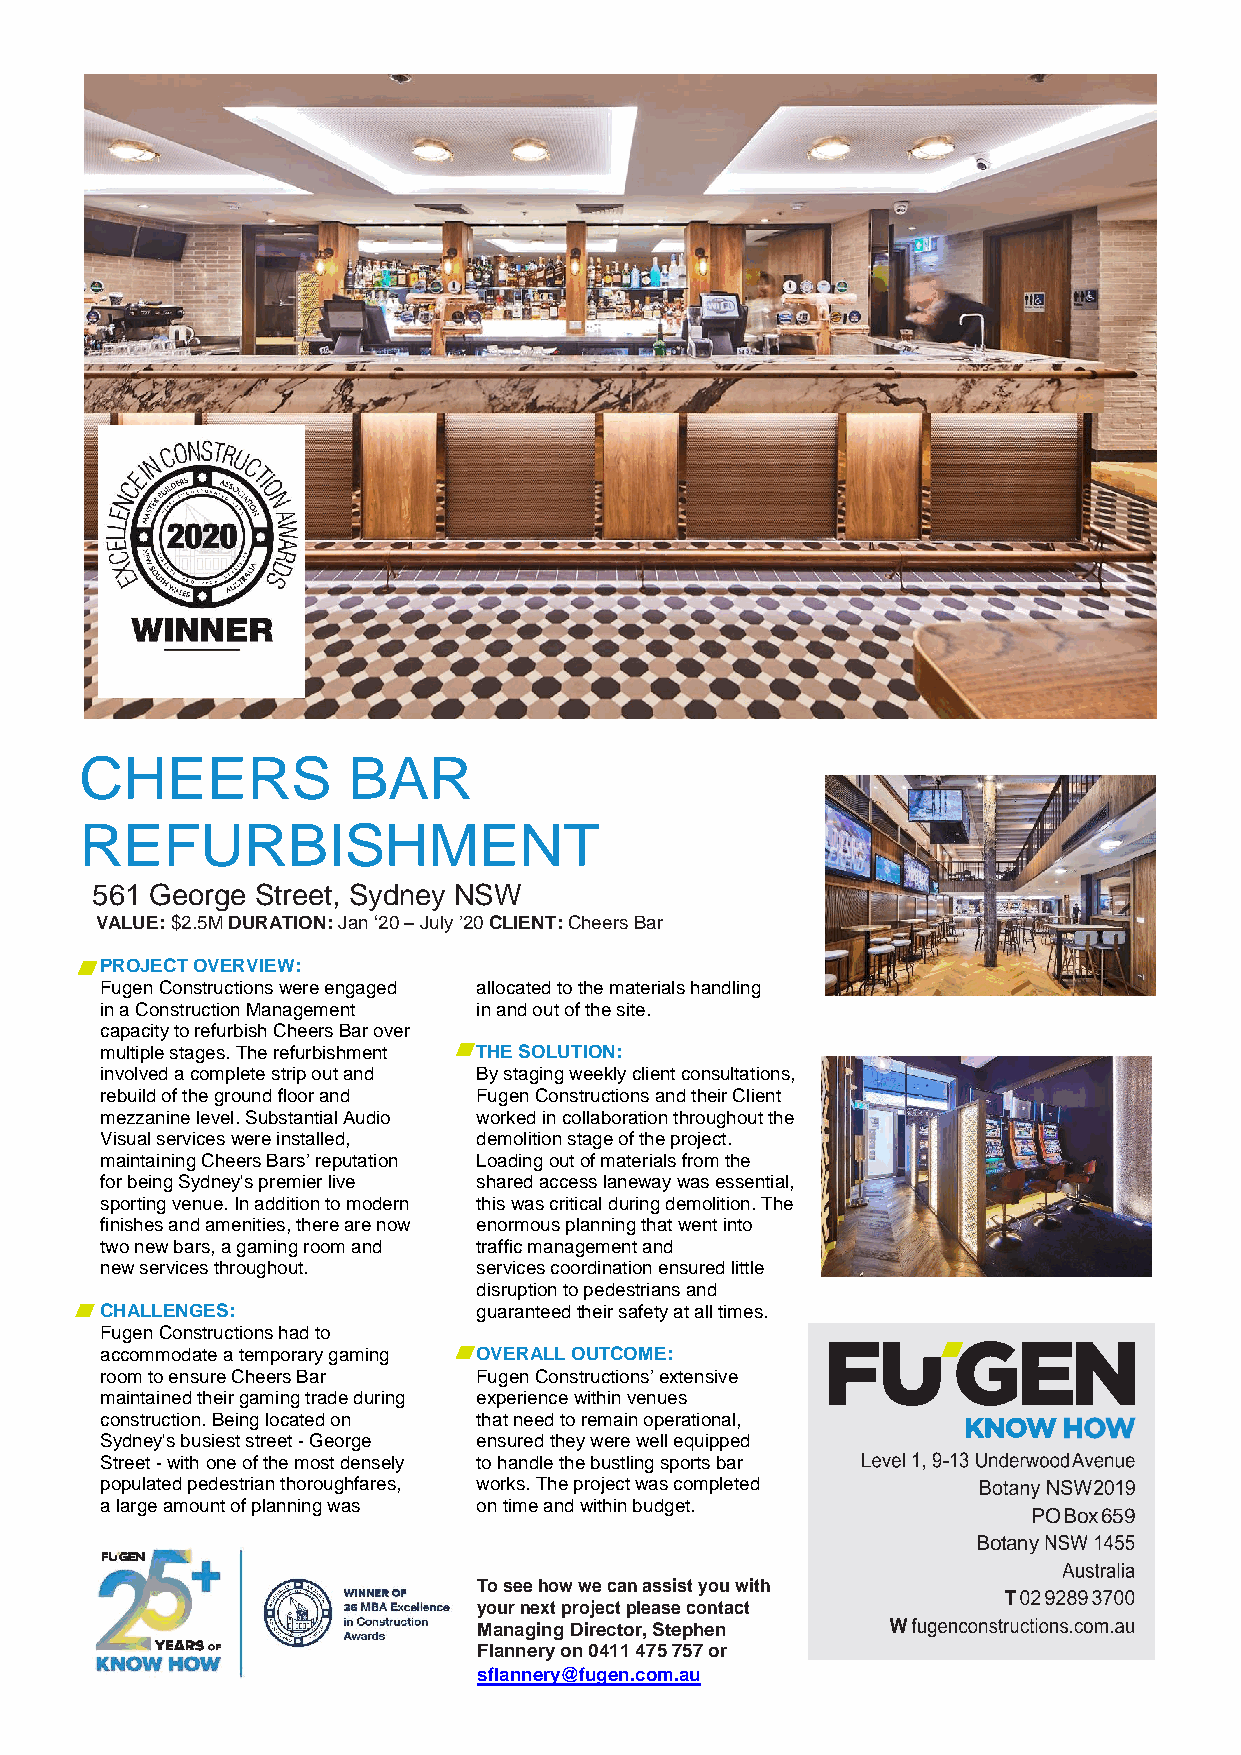
CHEERS            BAR
 REFURBISHMENT
 561 George Street, Sydney NSW
 VALUE: $2.5M DURATION: Jan ‘20 – July ’20 CLIENT: Cheers Bar
 PROJECT OVERVIEW:
 Fugen Constructions were engaged allocated to the materials handling
 in a Construction Management in and out of the site.
 capacity to refurbish Cheers Bar over
 multiple stages. The refurbishment THE SOLUTION:
 involved a complete strip out and By staging weekly client consultations,
 rebuild of the ground floor and Fugen Constructions and their Client
 mezzanine level. Substantial Audio worked in collaboration throughout the
 Visual services were installed, demolition stage of the project.
 maintaining Cheers Bars’ reputation Loading out of materials from the
 for being Sydney's premier live shared access laneway was essential,
 sporting venue. In addition to modern this was critical during demolition. The
 finishes and amenities, there are now enormous planning that went into
 two new bars, a gaming room and traffic management and
 new services throughout. services coordination ensured little
 disruption to pedestrians and
 CHALLENGES:              guaranteed their safety at all times.
 Fugen Constructions had to
 accommodate a temporary gaming OVERALL OUTCOME:
 room to ensure Cheers Bar Fugen Constructions’ extensive
 maintained their gaming trade during experience within venues
 construction. Being located on that need to remain operational,
 Sydney's busiest street - George ensured they were well equipped
 Street - with one of the most densely to handle the bustling sports bar
 populated pedestrian thoroughfares, works. The project was completed
 a large amount of planning was on time and within budget.
 PO Box 659
 Botany
 To see how we can assist you with
 your next project please contact
 Managing Director, Stephen
 Flannery on 0411 475 757 or
 sflannery@fugen.com.au